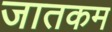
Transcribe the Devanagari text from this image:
जातकम